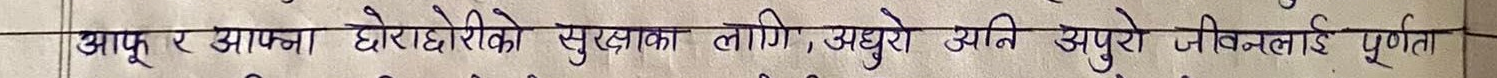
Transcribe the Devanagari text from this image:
आफू र आफ्ना छोराछोरीको सुरक्षाका लागि, अधुरो अनि अपुरो जीवनलाई पूर्णता